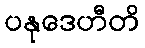
ပနုဒေဟီတိ